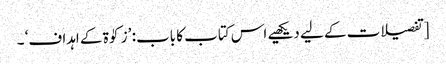
[تفصیلات کے لیے دیکھیے اس کتاب کا باب: ’زکوٰۃ کے اہداف‘ ۔